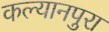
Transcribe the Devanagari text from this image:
कल्यानपुरा